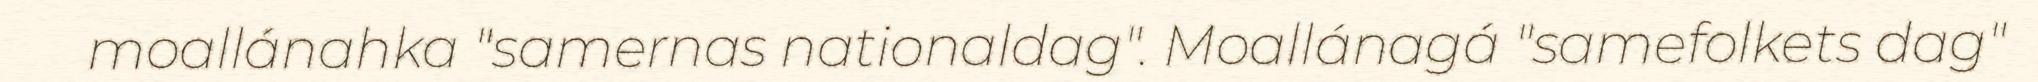
moallánahka "samernas nationaldag". Moallánagá "samefolkets dag"